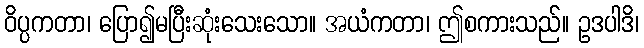
ဝိပ္ပကတာ၊ ပြော၍မပြီးဆုံးသေးသော။ အယံကတာ၊ ဤစကားသည်။ ဥဒပါဒိ၊